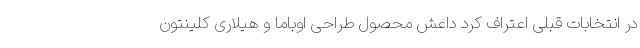
در انتخابات قبلی اعتراف کرد داعش محصول طراحی اوباما و هیلاری کلینتون